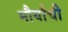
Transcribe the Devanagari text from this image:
मौर्यांची